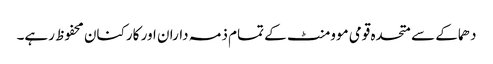
دھماکے سے متحدہ قومی موومنٹ کے تمام ذمہ داران اور کارکنان محفوظ رہے۔